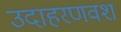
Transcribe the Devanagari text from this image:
उदाहरणवश